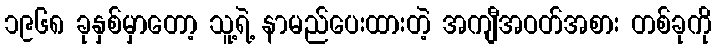
၁၉၆၈ ခုနှစ်မှာတော့ သူ့ရဲ့ နာမည်ပေးထားတဲ့ အကျီအဝတ်အစား တစ်ခုကို